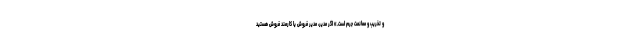
و تخریب و ممانعت جرم است.» اگر مدیر، مدیر فروش یا کارمند فروش هستید